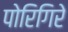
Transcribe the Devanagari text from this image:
पोरिगिरे